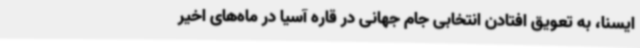
ایسنا، به تعویق افتادن انتخابی جام جهانی در قاره آسیا در ماه‌های اخیر